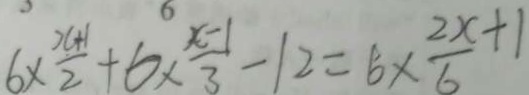
6 \times \frac { x + 1 } { 2 } + 6 \times \frac { x - 1 } { 3 } - 1 2 = 6 \times \frac { 2 x } { 6 } + 1